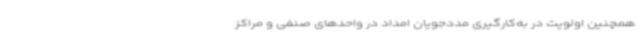
همچنین اولویت در به‌کارگیری مددجویان امداد در واحدهای صنفی و مراکز